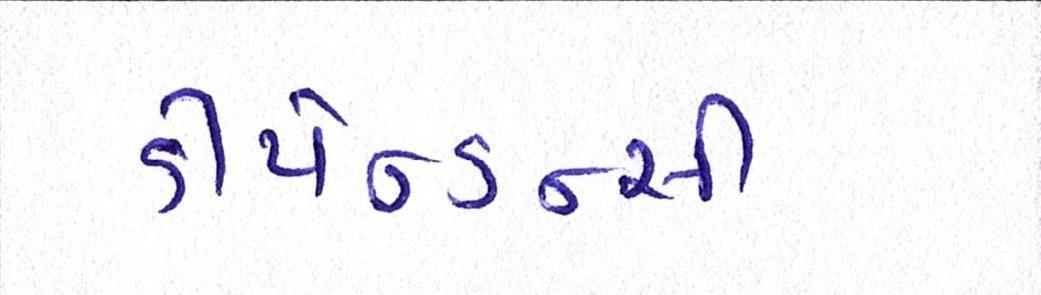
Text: ડીપેન્ડન્સી